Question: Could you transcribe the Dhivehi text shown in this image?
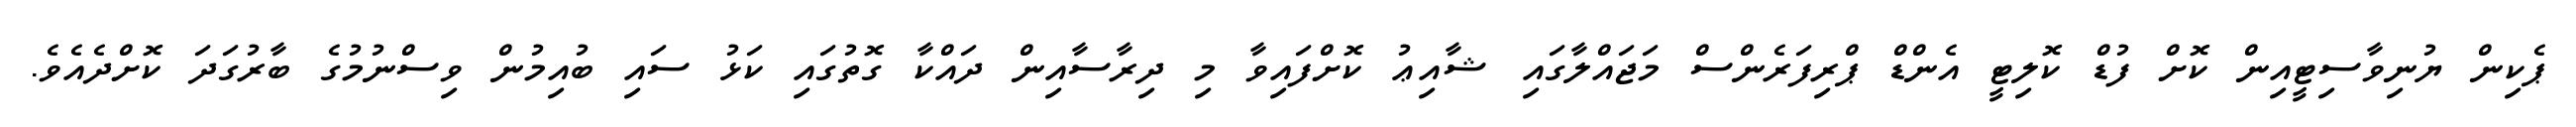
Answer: ޕެކިން ޔުނިވާސިޓީއިން ކޮށް ފުޑް ކޮލިޓީ އެންޑް ޕްރިފަރެންސް މަޖައްލާގައި ޝާއިޢު ކޮށްފައިވާ މި ދިރާސާއިން ދައްކާ ގޮތުގައި ކަޅު ސައި ބުއިމުން ވިސްނުމުގެ ބާރުގަދަ ކޮށްދެއެވެ.